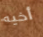
أخيه